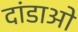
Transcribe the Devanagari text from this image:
दांडाओ